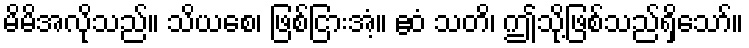
မိမိအလိုသည်။ သိယစေ၊ ဖြစ်ငြားအံ့။ ဧဝံ သတိ၊ ဤသို့ဖြစ်သည်ရှိသော်။